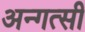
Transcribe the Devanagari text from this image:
अन्गत्सी